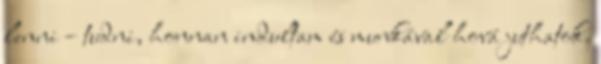
lenni – tudni, honnan indultam és munkával hová juthatok.